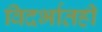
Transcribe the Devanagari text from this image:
विदर्भातही